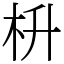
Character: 枡